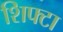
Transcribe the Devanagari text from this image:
शिफ्टा